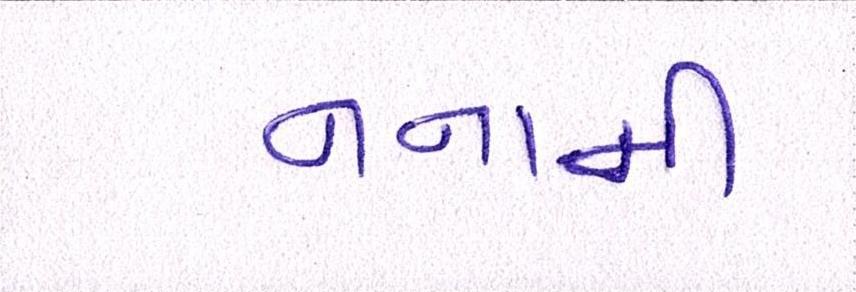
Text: નનામી